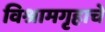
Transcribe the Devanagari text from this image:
विश्रामगृहाचे